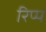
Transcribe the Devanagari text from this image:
रिप्प